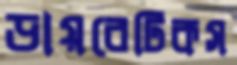
ডায়বেটিকস